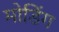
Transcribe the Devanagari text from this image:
मोडिंग